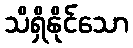
သိရှိနိုင်သော